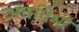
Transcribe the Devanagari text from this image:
अंतविधी